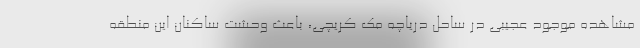
مشاهده موجود عجیبی در ساحل دریاچه مک کریچی، باعث وحشت ساکنان این منطقه